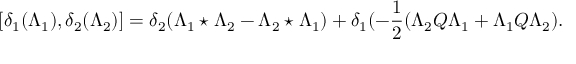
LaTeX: [ \delta _ { 1 } ( \Lambda _ { 1 } ) , \delta _ { 2 } ( \Lambda _ { 2 } ) ] = \delta _ { 2 } ( \Lambda _ { 1 } \star \Lambda _ { 2 } - \Lambda _ { 2 } \star \Lambda _ { 1 } ) + \delta _ { 1 } ( - \frac { 1 } { 2 } ( \Lambda _ { 2 } Q \Lambda _ { 1 } + \Lambda _ { 1 } Q \Lambda _ { 2 } ) .